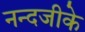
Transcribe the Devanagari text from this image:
नन्दजीके